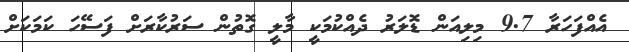
އެއްފަހަރާ 9.7 މިލިއަން ޑޮލަރު ދެއްކުމަކީ މާލީ ގޮތުން ސަރުކާރަށް ފަސޭހަ ކަމަކަށް